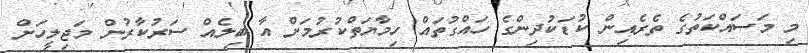
މި މަސައްކަތުގެ ތެރެއިން ކުޑަކުދިންގެ ހައްގުތައް ހިމާޔަތްކުރުމަށް އާ ބިލެއް ސަރުކާރުން މަޖިލީހަށް